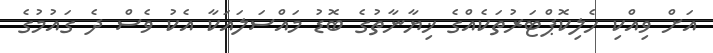
އަށް ވިއްކި ހެލިކޮޕްޓަރުތަކެއްގެ ޚިޔާނާތުގެ ބޮޑު މައްސަލައަކާ އެކު ވެސް ދެ ގައުމުގެ